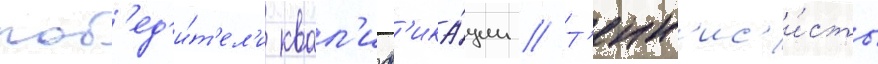
поб'ед'и́т'ел'и квал'иф'ика́ции // Т'енн'ис'и́сты